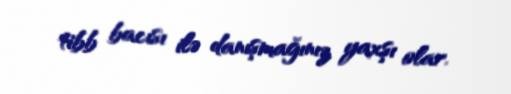
tibb bacısı ilə danışmağınız yaxşı olar.